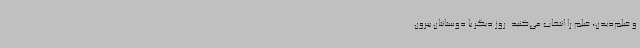
و فیلم‌دیدن، فیلم را انتخاب می‌کنید. روز دیگر با دوستانتان بیرون